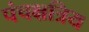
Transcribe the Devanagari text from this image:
पंचक्षत्रिय